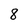
Character: 8